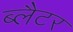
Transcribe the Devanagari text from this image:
ब्लैटर